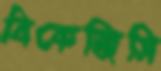
বিকেজিসি